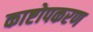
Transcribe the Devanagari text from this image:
काष्टोपकरण